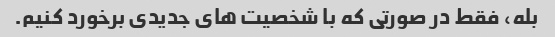
بله، فقط در صورتی که با شخصیت های جدیدی برخورد کنیم.